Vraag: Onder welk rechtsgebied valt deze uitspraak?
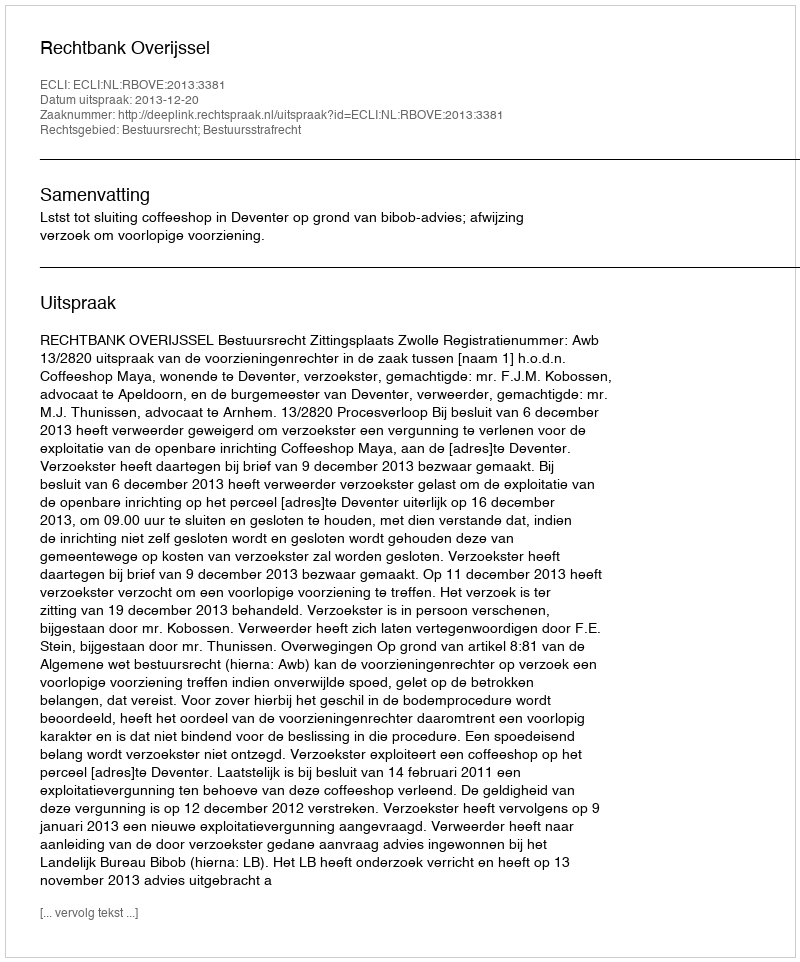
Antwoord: Bestuursrecht; Bestuursstrafrecht